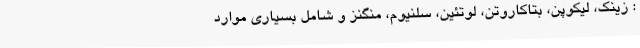
: زینک، لیکوپن، بتاکاروتن، لوتئین، سلنیوم، منگنز و شامل بسیاری موارد